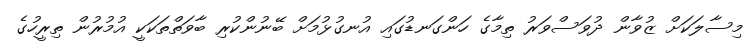
މިސާލަކަށް ޒުވާން ދުވަސްވަރު ތިމާގެ ހަންގަނޑުގައި އުނގުޅުމަށް ބޭނުންކުރި ބާވަތްތަކަކީ އުމުރުން ތިރީހުގެ